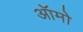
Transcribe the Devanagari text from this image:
ऑमो